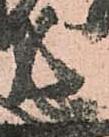
長